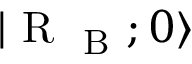
| \mathrm { ~ R ~ } _ { \mathrm { ~ B ~ } } ; 0 \rangle